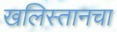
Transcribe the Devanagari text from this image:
खलिस्तानचा